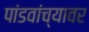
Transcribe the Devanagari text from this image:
पांडवांच्यावर